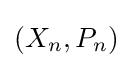
\left(X_{n},P_{n}\right)